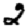
Digit: 2